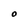
Character: O